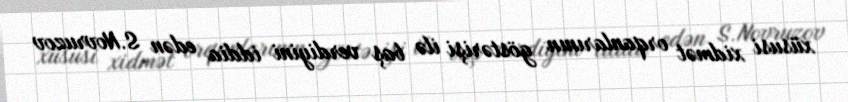
xüsusi xidmət orqanlarının göstərişi ilə baş verdiyini iddia edən S.Novruzov